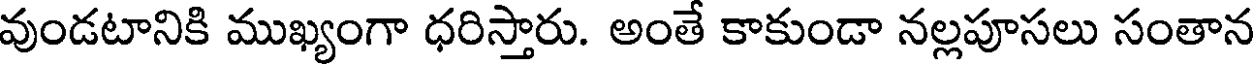
వుండటానికి ముఖ్యంగా ధరిస్తారు. అంతే కాకుండా నల్లపూసలు సంతాన